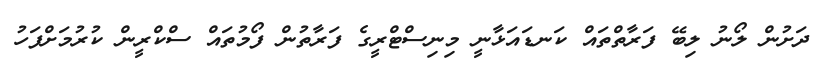
ދަށުން ލޯނު ލިބޭ ފަރާތްތައް ކަނޑައަޅާނީ މިނިސްޓްރީގެ ފަރާތުން ފޯމުތައް ސްކްރީން ކުރުމަށްފަހު